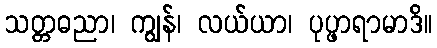
သတ္တဓညာ၊ ကျွန်၊ လယ်ယာ၊ ပုပ္ဖာရာမာဒိ။